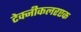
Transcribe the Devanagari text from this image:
टेक्नीकलरएक